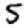
Digit: 5